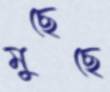
মুছেছে